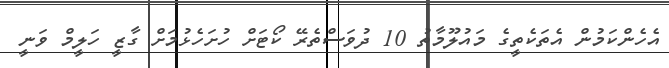
އެހެންކަމުން އެތަކެތީގެ މައުލޫމާތު 10 ދުވަސްތެރޭ ކޯޓަށް ހުށަހެޅުމަށް ގާޒީ ހަލީމް ވަނީ